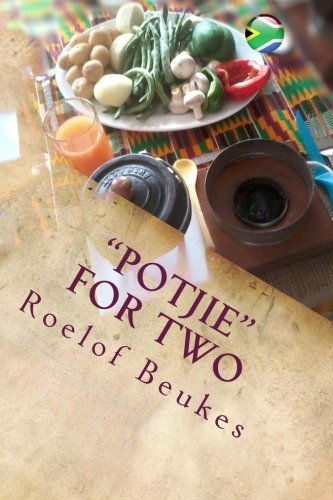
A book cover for "Potjie" for two: South-African soul food with a twist; Roelof Beukes; Cookbooks, Food & Wine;